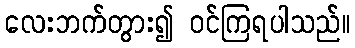
လေးဘက်တွား၍ ဝင်ကြရပါသည်။